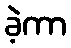
ခဲ့ကာ